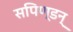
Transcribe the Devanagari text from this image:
सपिण्डन्